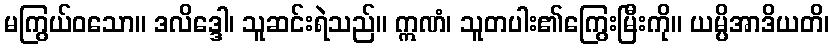
မကြွယ်ဝသော။ ဒလိဒ္ဒေါ၊ သူဆင်းရဲသည်။ ဣဏံ၊ သူတပါး၏ကြွေးမြီးကို။ ယမ္ပိအာဒိယတိ၊